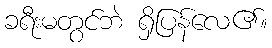
ခရီးမတွင်ဘဲ ရှိပြန်လေ၏။